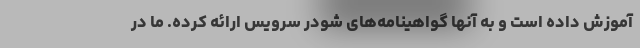
آموزش داده است و به آنها گواهینامه‌های شودر سرویس ارائه کرده. ما در